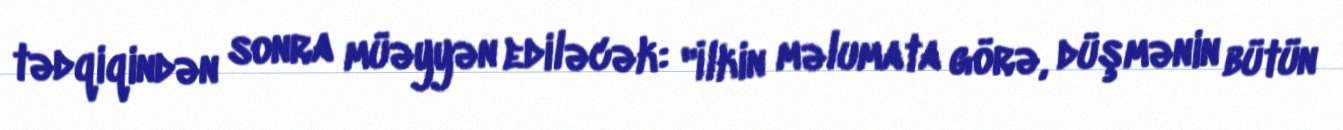
tədqiqindən sonra müəyyən ediləcək: "İlkin məlumata görə, düşmənin bütün